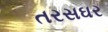
તરસઘર